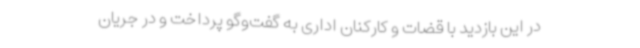
در این بازدید با قضات و کارکنان اداری به گفت‌وگو پرداخت و در جریان